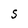
Character: S